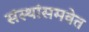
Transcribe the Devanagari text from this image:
संस्थांसमवेत